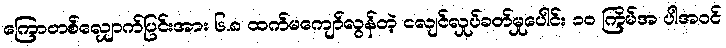
ကြောတစ်လျှောက်ပြင်းအား ၆.၈ ထက်မကျော်လွန်တဲ့ ငလျင်လှုပ်ခတ်မှုပေါင်း ၁၀ ကြိမ်အ ပါအဝင်